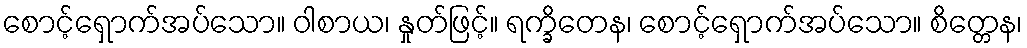
စောင့်ရှောက်အပ်သော။ ဝါစာယ၊ နှုတ်ဖြင့်။ ရက္ခိတေန၊ စောင့်ရှောက်အပ်သော။ စိတ္တေန၊